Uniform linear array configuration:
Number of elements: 24
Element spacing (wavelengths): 0.5
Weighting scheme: hamming
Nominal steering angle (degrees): -45
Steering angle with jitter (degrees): -44.183
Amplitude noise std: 0.05
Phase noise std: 0.05

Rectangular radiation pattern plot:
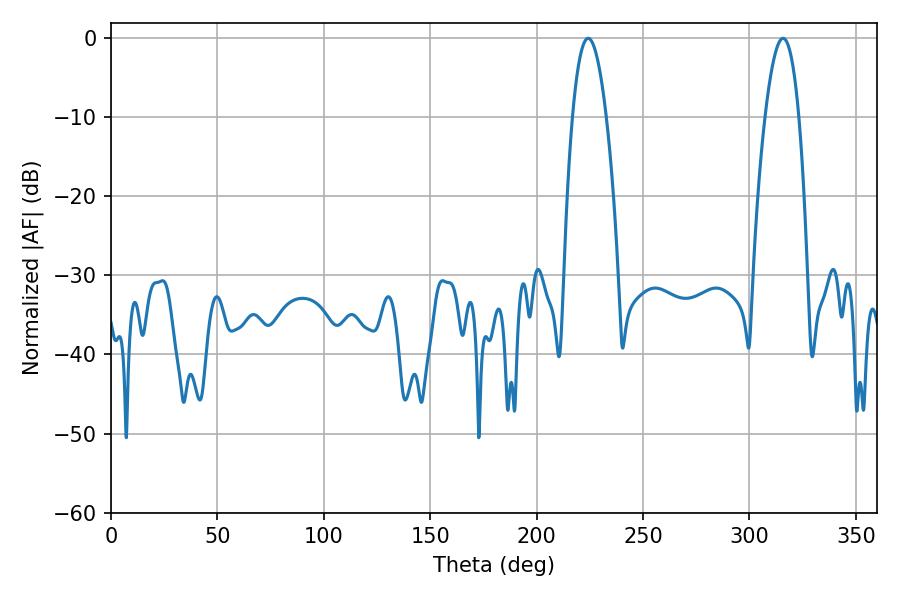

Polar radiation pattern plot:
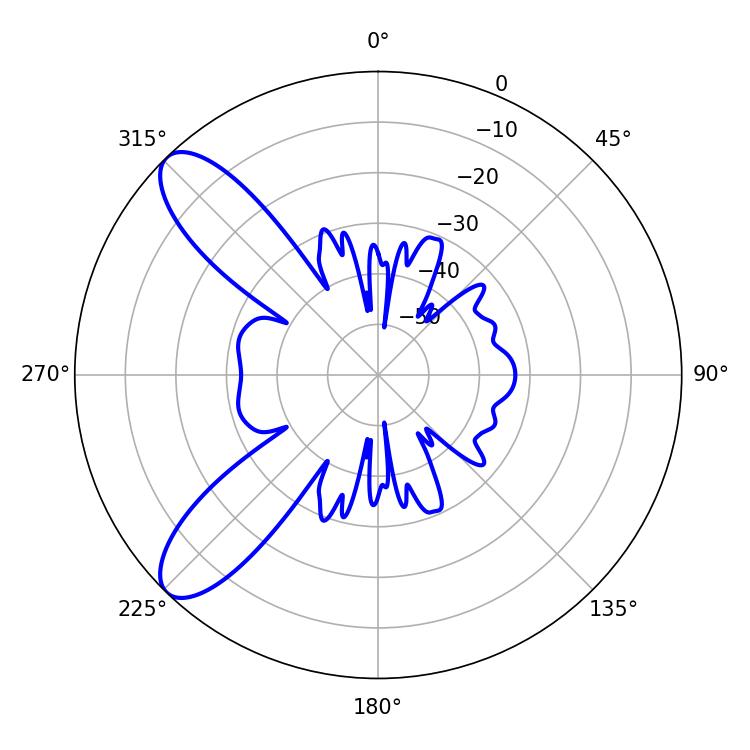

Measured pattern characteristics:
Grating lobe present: FALSE
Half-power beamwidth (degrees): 8.82
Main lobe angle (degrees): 224.28